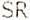
SR